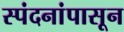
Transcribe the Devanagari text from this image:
स्पंदनांपासून